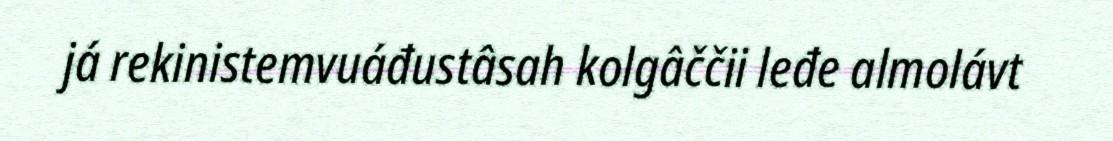
já rekinistemvuáđustâsah kolgâččii leđe almolávt